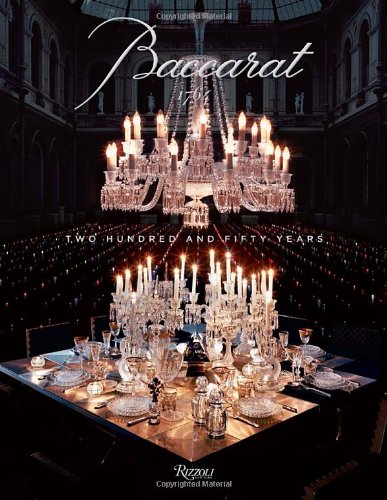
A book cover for Baccarat: Two Hundred and Fifty Years; Murray Moss; Crafts, Hobbies & Home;